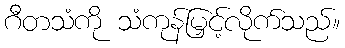
ဂီတသံကို သံကုန်မြှင့်လိုက်သည်။